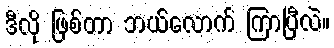
ဒီလို ဖြစ်တာ ဘယ်လောက် ကြာပြီလဲ။